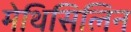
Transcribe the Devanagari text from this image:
मेथिसिलिन